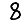
Digit: 8